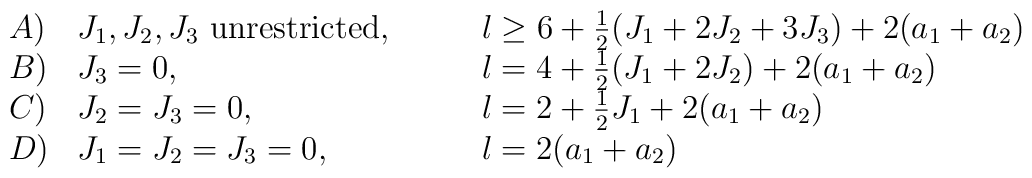
\begin{array}{lll}   A) & J_1,J_2,J_3\mbox{ unrestricted,} \qquad  & l \geq 6 + \frac{1}{2}(J_1+2 J_2+3 J_3) + 2(a_1+a_2) \\ B) & J_3 = 0, \qquad & l = 4 + \frac{1}{2} (J_1+2 J_2)+ 2(a_1+a_2)  \\ C) & J_2=J_3=0, \qquad & l = 2 + \frac{1}{2} J_1 + 2(a_1+a_2)  \\ D) & J_1=J_2=J_3=0,\qquad & l = 2 (a_1+a_2)  \end{array}